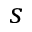
s